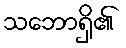
သဘောရှိ၏